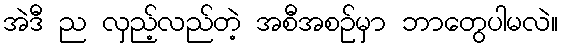
အဲဒီ ည လှည့်လည်တဲ့ အစီအစဉ်မှာ ဘာတွေပါမလဲ။